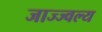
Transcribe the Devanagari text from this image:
जाज्ज्वल्य